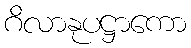
ဂိလာနုပဋ္ဌာကော